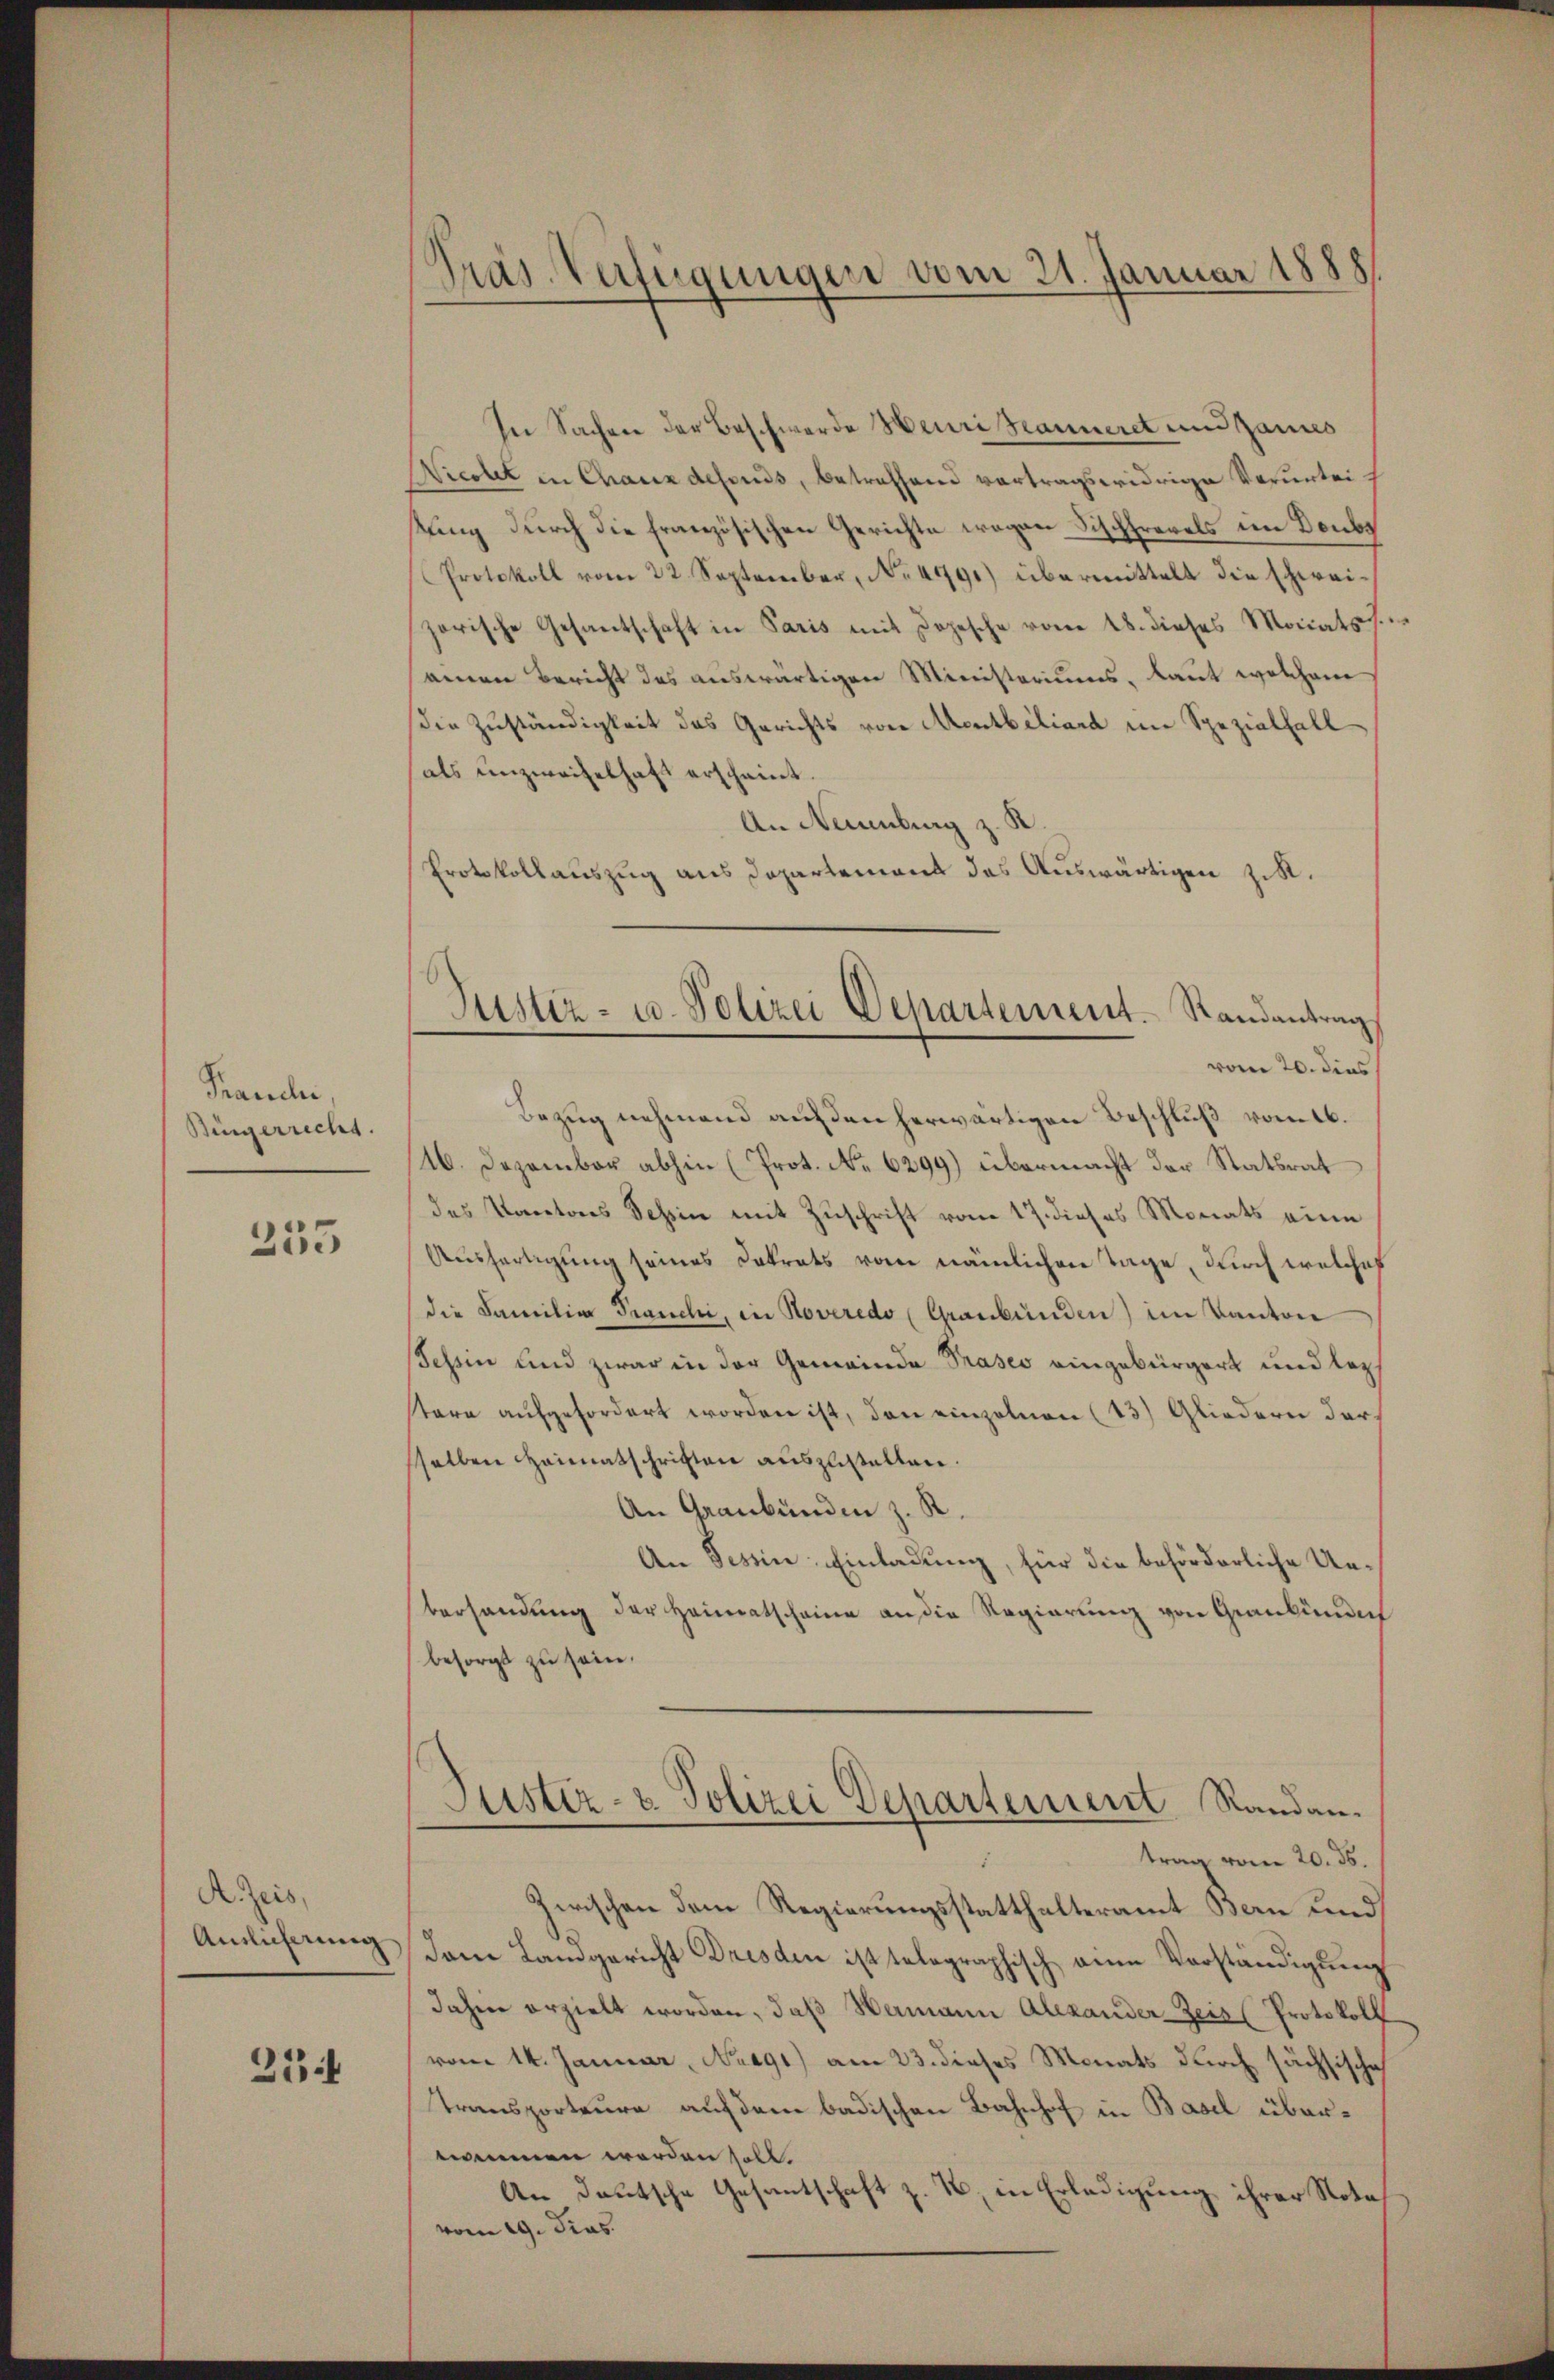
Franci
Bingerrecht.

255

AZeis,
Amlicherung

214

Träs-Verfügungen vom 21. Januar 1888

In Sachen der Beschwerde Heuri Tanneret und Zaunes
Nicolet in Chaux defonds, betreffend vortragswidrige Verurteistung durch die französischen Gerichte wegen Fischfrevels im Doubs
Protokoll vom 22. September, No. 4491) übermittelt die schweizorische Gesantschaft in Paris mit Dopesche vom 18. dieses Monats
nenen Bericht des auswärtigen Ministeriums, laut welchem
die Zuständigkeit das Gerichts von Montbiliard im Spezialfall
als unzweifelhaft erscheint
An Neuenburg z. R.
Protokollauszug aus Departement des Auswärtigen zit.
vom 20. dies
Bezug nehmend auf den herwärtigen Beschluß vom 16.
16. Dezember abhin (Prot. No. 6299) übermacht der Statsrat
das Kantons Tessin mit Zuschrift vom 17. dieses Monats eine
Ausfertigung seines Dokrats vom nämlichen Tage, durch welches
die Familie Franchi, in Roveredo (Graubünden) im Kanton
Schein und zwar in der Gemeinde Präses eingebürgert und lezstare aufgefordert worden ist, den einzelnen (13) Gliedern darsselben Heimatschriften auszustellen.
An Graubünden z. R.
An Tessin: Einladung, für die beförderliche Unberhandung der Heimatscheine an die Regierung von Graubündig
besorgt zu sein.
Justiz- & Polizei Departement Randantrag vom 20. ds.
Zwischen dem Regierungsstatthalteramt Bern und
dem Landgericht Dresden ist telegraphisch eine Vorständigung
dahin erzielt worden, daß Hamann Alexander-Zeit (Protokoll
vom 14. Januar, Nreg1) am 23. dieses Monats durch sächsische
Transporteure auf dem badischen Bahnhof in Basel übernommen worden soll.
An deutsche Gesantschaft z. B. in Erledigung ihrer Nota
vom 29. Jias.

Justiz- u. Polizei Departement. Randantrag